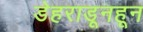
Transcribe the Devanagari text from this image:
डेहराडूनहून